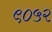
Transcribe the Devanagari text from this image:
९०५२